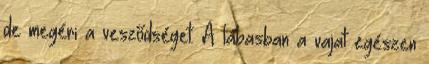
de megéri a vesződséget. A lábasban a vajat egészen